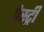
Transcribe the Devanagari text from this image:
पेस्‍ट्री